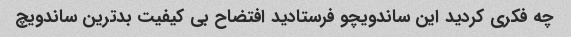
چه فکری کردید این ساندویچو فرستادید افتضاح بی کیفیت بدترین ساندویچ